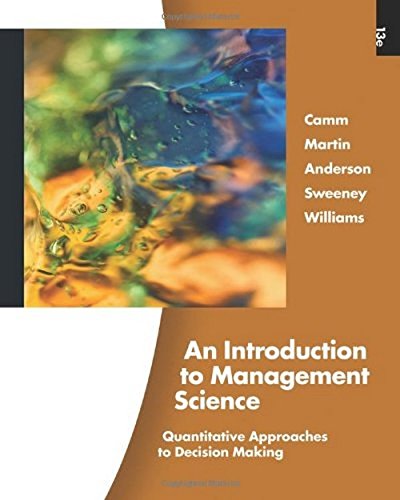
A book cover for An Introduction to Management Science (with Printed Access Card); David R. Anderson; Business & Money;